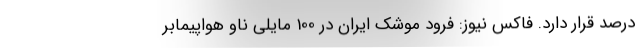
درصد قرار دارد. فاکس نیوز: فرود موشک ایران در 100 مایلی ناو هواپیمابر